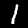
Label: 1